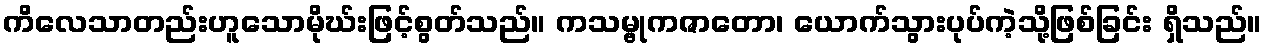
ကိလေသာတည်းဟူသောမိုဃ်းဖြင့်စွတ်သည်။ ကသမ္ဗုကဇာတော၊ ယောက်သွားပုပ်ကဲ့သို့ဖြစ်ခြင်း ရှိသည်။